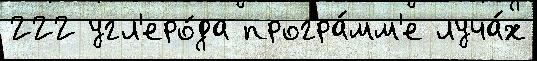
222 угл'еро́да програ́мм'е луча́х